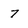
Character: 7